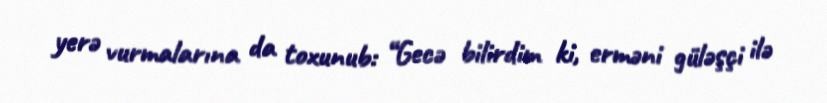
yerə vurmalarına da toxunub: “Gecə bilirdim ki, erməni güləşçi ilə